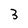
Character: 3